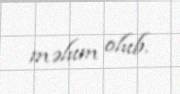
məlum olub.